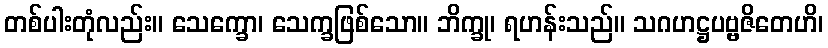
တစ်ပါးတုံလည်း။ သေက္ခော၊ သေက္ခဖြစ်သော။ ဘိက္ခု၊ ရဟန်းသည်။ သဂဟဋ္ဌပဗ္ဗဇိတေဟိ၊